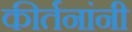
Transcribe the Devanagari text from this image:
कीर्तनांनी